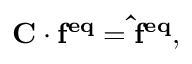
{ \bf { C } } \cdot { \bf { { { f } } ^ { e q } } } = { \bf { { { \hat { f } } } ^ { e q } } } ,